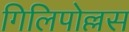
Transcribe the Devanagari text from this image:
गिलिपोल्लस